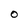
Character: O